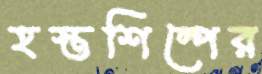
হস্তশিল্পের